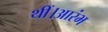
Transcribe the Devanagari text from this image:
थीं।आरंभ